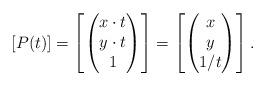
LaTeX: \begin{align*} [P(t)]= \left[\begin{pmatrix} x \cdot t \\ y \cdot t \\ 1\end{pmatrix} \right] = \left[\begin{pmatrix} x \\ y \\ 1/t\end{pmatrix} \right]. \end{align*}